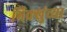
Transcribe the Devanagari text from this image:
भिक्खुंच्या